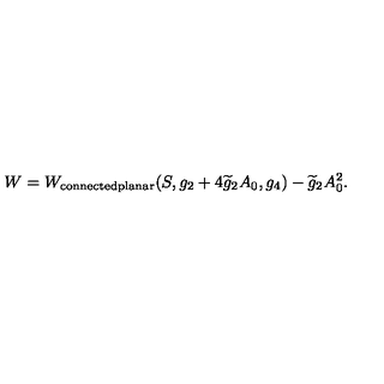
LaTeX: W = W _ { \mathrm { c o n n e c t e d p l a n a r } } ( S , g _ { 2 } + 4 \widetilde { g } _ { 2 } A _ { 0 } , g _ { 4 } ) - \widetilde { g } _ { 2 } A _ { 0 } ^ { 2 } .